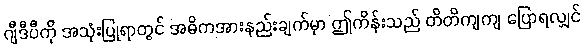
ဂျီဒီပီကို အသုံးပြုရာတွင် အဓိကအားနည်းချက်မှာ ဤကိန်းသည် တိတိကျကျ ပြောရလျှင်